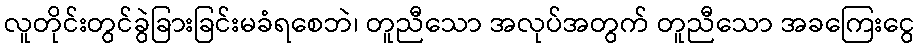
လူတိုင်းတွင်ခွဲခြားခြင်းမခံရစေဘဲ၊ တူညီသော အလုပ်အတွက် တူညီသော အခကြေးငွေ